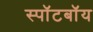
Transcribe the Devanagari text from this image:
स्पॉटबॉय